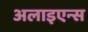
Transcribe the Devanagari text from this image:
अलाइएन्स